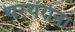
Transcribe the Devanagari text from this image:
थरथराना